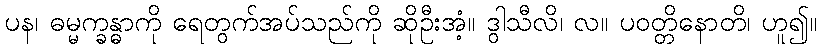
ပန၊ ဓမ္မက္ခန္ဓာကို ရေတွက်အပ်သည်ကို ဆိုဦးအံ့။ ဒွါသီလိ၊ လ။ ပဝတ္တိနောတိ၊ ဟူ၍။